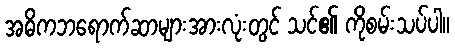
အဓိကဘရောက်ဆာများအားလုံးတွင် သင်၏ ကိုစမ်းသပ်ပါ။